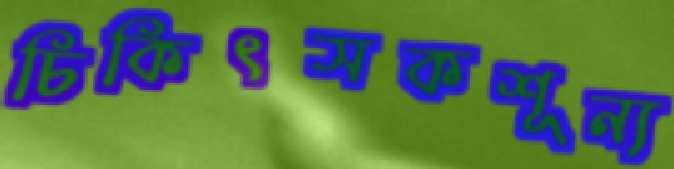
চিকিৎসকশূন্য